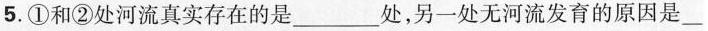
5.①和②处河流真实存在的是___处，另一处无河流发育的原因是___